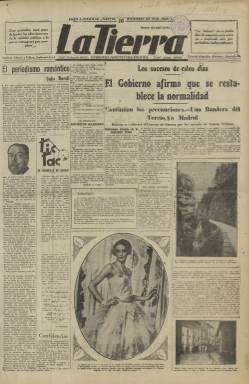
Título: La Tierra (Madrid)
Colección: Periódicos
Ámbito geográfico: Madrid
Lugar de publicación: Madrid
Fechas: 16/12/1930-08/06/1935

Diario fundado por el periodista y político Salvador Cánovas Cervantes (1880-1949), “personaje pintoresco” y “de pocos escrúpulos” –como es descrito en Seoane y Saiz (1996) –, y por el abogado José Gallo de Renovales (-1954) –en algunas referencias se indica Gayo–, que aparece el 16 de diciembre de 1930 y que, como “ningún” otro periódico, contribuirá “de manera tan directa” a “preparar el ambiente revolucionario propicio” a la proclamación de la II República española cuatro meses después, tal como indica Gómez Aparicio (1981). Cánovas había fundado y dirigido el también vespertino, pero conservador, germanófilo y maurista La Tribuna (1912-1924), y para lanzar este nuevo diario se había asociado con Gayo, que había sido secretario de redacción de El Debate (1910-1936) y dirigido la Revista social y agraria (1919-1936), órgano de la Asociación Nacional Católico-Agraria, de ahí que el nuevo vespertino adoptara como cabecera La Tierra y como subtítulo “economía-agricultura-política”. Además, la Agencia Sepes (1922), fundada también por Gayo, constituiría el núcleo principal de la redacción del nuevo diario, al que Cánovas aportaba, como propietario, el establecimiento tipográfico en el que había sido impreso el diario Informaciones (1922). Separado Gayo del proyecto, La Tierra pasó a ser propiedad exclusiva de Cánovas.

Como vespertino, salió todos los días, excepto domingos, en entregas en gran formato, de ocho páginas, compuestas a siete columnas, y puso en su cabecera las leyendas “no es un periódico de empresa, está escrito e inspirado sólo por periodistas independientes” y “nace para defender los altos intereses de la opinión pública”, coincidiendo su aparición con la sublevación de Jaca, por la que serán fusilados los capitanes Fermín Galán y Ángel García Hernández, y la posterior cuartelada en Cuatro Vientos del general Gonzalo Queipo de Llano y el comandante Ramón Franco, ambas de orientación pro-republicana, de cuyos acontecimientos ofrecerá amplia información el diario, con acompañamiento de fotograbados, pues insertó desde el comienzo una buen número de fotografías de actualidad y estampadas con calidad. Adoptó desde su salida una “resuelta hostilidad” contra la dictablanda, haciendo responsables al Rey y al general Dámaso Berenguer del desastre de Annual (1921), así como una actitud antimonárquica y anticlerical y pro-republicana (Gómez Aparicio lo tacha de “órgano de la subversión”), por lo que fue objeto de denuncias y multas, al tiempo que su salida a la venta producía todas las tardes un verdadero motín en la Puerta del Sol.

Su subdirector fue Mariano Sánchez-Roca, aunque se le cita también como director, y como redactor jefe estuvo Eduardo de Guzmán (1908-1991). Fueron redactores Lorenzo Sánchez Silva, José María Pérez y el también libertario Ezequiel Endériz Olaverri (1889-1951), siendo este autor de una columna bajo el epígrafe Tic-tac. Hasta la proclamación de la República estuvo sometido a la previa censura militar, y tenía secciones como Política al día, Información local, de provincias y del extranjero, Últimas noticias, así como otras de Economía y finanzas, la titulada La farándula y el cine, la de Cartelera teatral o una Historieta cómica, del dibujante Tauler, así como un Folletín. También dedica una página completa a los deportes y otra a la mujer, publicando crónicas y reportajes de asuntos sociales y dedicándole también atención a los sucesos.

Durante el periodo republicano, el diario se situó en una línea “demagógica” y “demoledora”, en una frontera entre un radicalismo de izquierdas pequeño burgués y un espíritu anarquizante y acusadamente libertario. Se posicionó contra el gobierno republicano-socialista del primer bienio, adoptando animadversión al PSOE y haciendo especial campaña en octubre de 1931 contra su ministro de Hacienda, Indalecio Prieto. Se hizo también portavoz del Partido Social Revolucionario Ibérico (1932-1933) y después se aproximó al partido Unión Republicana (1934), de Diego Martínez Barrio. Aunque no fue estrictamente anarcosindicalista, sirvió de tribuna a la CNT cuando la prensa de este sindicato fue suspendida. La Tierra también sufrió sanciones y suspensiones. Eduardo Guzmán fue su cronista de los sucesos de Casas Viejas, en enero de 1933 (mientras que Ramón J. Sénder lo fue para el diario La Libertad), periodo este en el que, según las memorias de Pedro Sáinz Rodríguez, Cánovas publicaba textos en su diario redactados por las derechas monárquicas. También Manuel Azaña tachará al diario de Cánovas de “libelo” y de estar subvencionado por el banquero Juan March Ordinas. La Tierra publicó su último número el ocho de junio de 1935, probablemente desapareció por problemas económicos, falto de la necesaria publicidad y venta de ejemplares para su mantenimiento.

Además de las citadas, referencias para este título son los trabajos de Antonio Elorza (1973), Antonio Fontecha Pedraza (1987), Antonio Checa Godoy (1989), Justino Sinova (2006) o Carlos Barona Martínez (2001), sobre la relación del pintor y grabador Ricardo Baroja con La Tierra. También, la tesis doctoral sobre Eduardo de Guzmán, de Noelia León Rubio (2015).